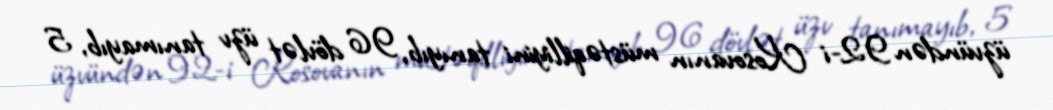
üzvündən 92-i Kosovanın müstəqilliyini tanıyıb, 96 dövlət üzv tanımayıb, 5